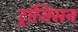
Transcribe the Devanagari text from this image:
ट्रांजिसन